Some observations on the morphology and mechanism of the parts in the orthorrapha - Number 58
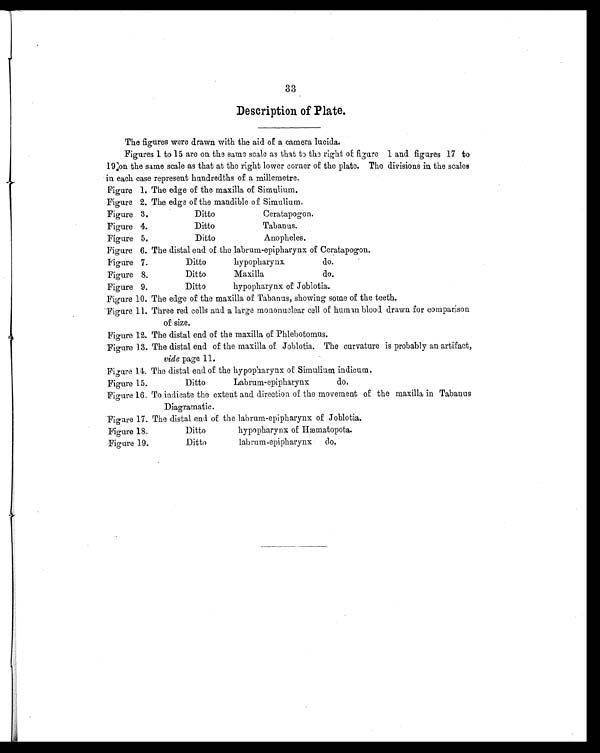
33
Description of Plate.
The figures were drawn with the aid of a camera lucida.
Figures 1 to 15 are on the same scale as that to the right of figure 1 and figures 17 to
19 on the same scale as that at the right lower corner of the plate. The divisions in the scales
in each case represent hundredths of a millemetre.
Figure 1. The edge of the maxilla of Simulium.
Figure 2. The edge of the mandible of Simulium.
Figure 3. Ditto Ceratapogon.
Figure 4. Ditto Tabanus.
Figure 5. Ditto Anopheles.
Figure 6. The distal end of the labrum-epipharynx of Ceratapogon.
Figure 7. Ditto hypopharynx do.
Figure 8. Ditto Maxilla do.
Figure 9. Ditto hypopharynx of Joblotia.
Figure 10. The edge of the maxilla of Tabanus, showing some of the teeth.
Figure 11. Three red cells and a large mononuclear cell of human blood drawn for comparison
of size.
Figure 12. The distal end of the maxilla of Phlebotomus.
Figure 13. The distal end of the maxilla of Joblotia. The curvature is probably an artifact,
vide page 11.
Figure 14. The distal end of the hypopharynx of Simulium indicum.
Figure 15. Ditto
Labrum-epipharynx
do.
Figure 16. To indicate the extent and direction of the movement of the maxilla in Tabanus
Diagramatic.
Figure 17. The distal end of the labrum-epipharynx of Joblotia.
Figure 18. Ditto hypopharynx of Hæmatopota.
Figure 19. Ditto labrum-epipharynx do.